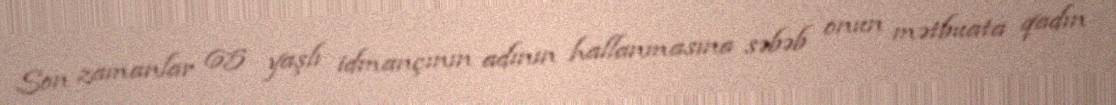
Son zamanlar 65 yaşlı idmançının adının hallanmasına səbəb onun mətbuata qadın